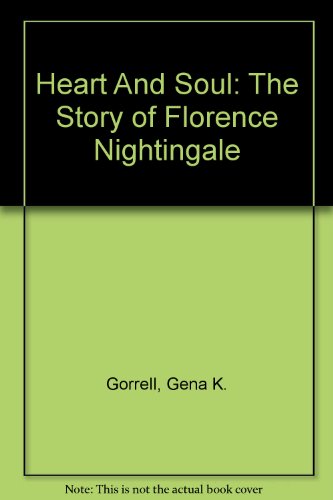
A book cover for Heart And Soul: The Story of Florence Nightingale; Gena K. Gorrell; Teen & Young Adult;